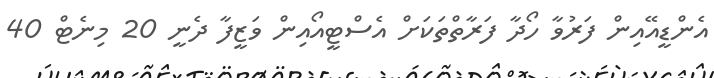
އެންޑީއޭއިން ފަރުވާ ހޯދާ ފަރާތްތަކަށް އެސްޓީއޯއިން ވަޒީފާ ދެނީ 20 މިނެޓް 40